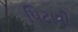
પિટાવી